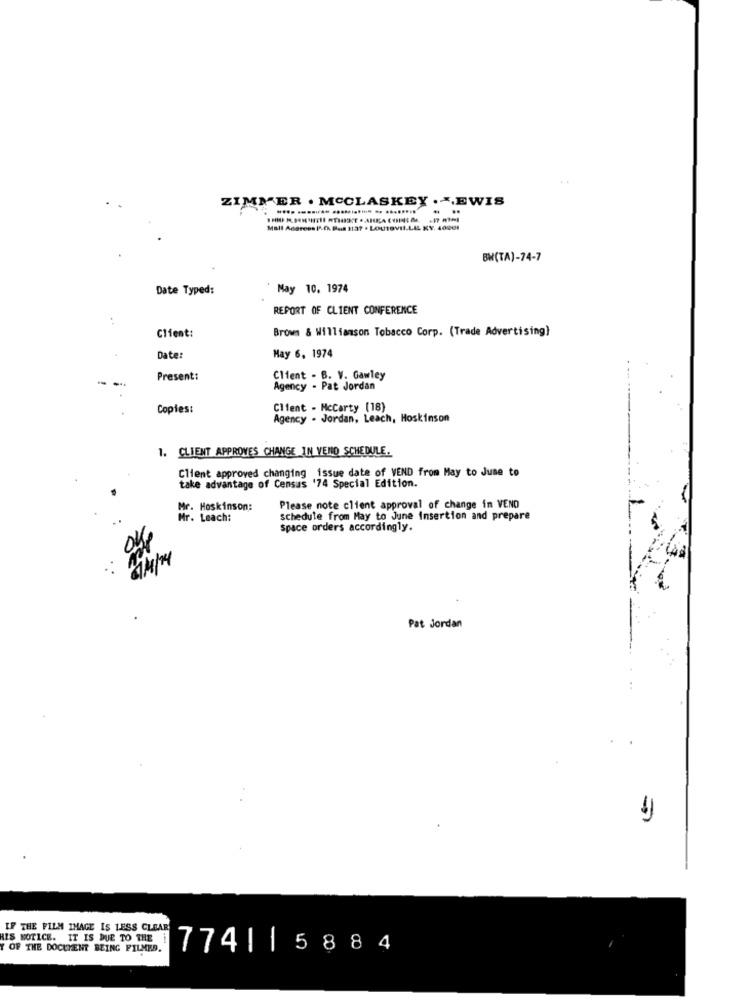
ZIMMER . MCCLASKEY . .. EWIS
..
Mall Acarees P.f. But 1137 . LOUISVIL.LIL KY. 40001
BW(TA)-74-7
Date Typed:
May 10. 1974
REPORT OF CLIENT CONFERENCE
Brown & Williamson Tobacco Corp. (Trade Advertising)
Client:
Date:
May 6, 1974
Present:
Client - B. V. Gawley
Agency - Pat Jordan
Copies:
Client - Mccarty (18)
Agency - Jordan, Leach, Hoskinson
1. CLIENT APPROVES CHANGE IN VEND SCHEDULE.
Client approved changing issue date of VEND from May to June to
take advantage of Census '74 Special Edition.
Mr. Hoskinson:
Please note client approval of change in VEND
Mr. Leach:
schedule from May to June Insertion and prepare
space orders accordingly.
Pat Jordan
IF THE FILM IMAGE IS LESS CLEAR
HIS NOTICE. IT IS DUE TO THE
Y OF THE DOCUMENT BEING FILMED.
774115884